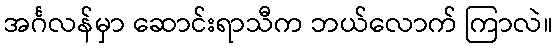
အင်္ဂလန်မှာ ဆောင်းရာသီက ဘယ်လောက် ကြာလဲ။